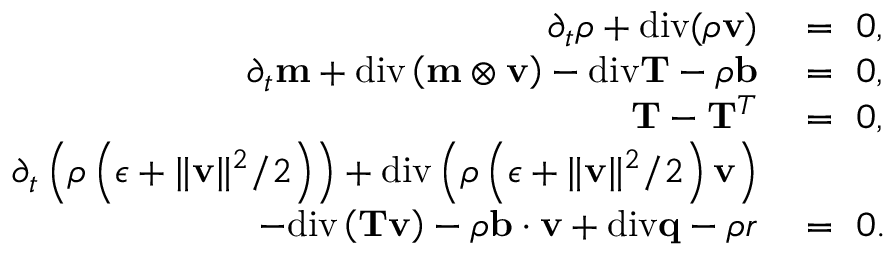
\begin{array} { r l } { \partial _ { t } \rho + \mathrm { d i v } ( \rho \mathbf { v } ) } & { { } = ~ 0 , } \\ { \partial _ { t } \mathbf { m } + \mathrm { d i v } \left( \mathbf { m } \otimes \mathbf { v } \right) - \mathrm { d i v } \mathbf { T } - \rho \mathbf { b } } & { { } = ~ 0 , } \\ { \mathbf { T } - \mathbf { T } ^ { T } } & { { } = ~ 0 , } \\ { \partial _ { t } \left( \rho \left( \epsilon + \| \mathbf { v } \| ^ { 2 } / 2 \right) \right) + \mathrm { d i v } \left( \rho \left( \epsilon + \| \mathbf { v } \| ^ { 2 } / 2 \right) \mathbf { v } \right) } & { { } } \\ { - \mathrm { d i v } \left( \mathbf { T } \mathbf { v } \right) - \rho \mathbf { b } \cdot \mathbf { v } + \mathrm { d i v } \mathbf { q } - \rho r } & { { } = ~ 0 . } \end{array}